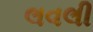
લવલી